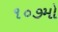
૧૦૭મો